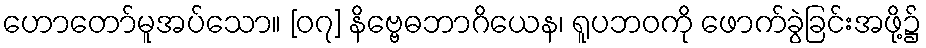
ဟောတော်မူအပ်သော။ [၀၇] နိဗ္ဗေဓဘာဂိယေန၊ ရူပဘဝကို ဖောက်ခွဲခြင်းအဖို့၌